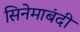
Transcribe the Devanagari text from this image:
सिनेमाबंदी